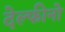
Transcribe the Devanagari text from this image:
देल्फीनो